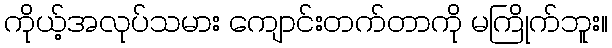
ကိုယ့်အလုပ်သမား ကျောင်းတက်တာကို မကြိုက်ဘူး။